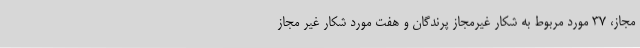
مجاز، 37 مورد مربوط به شکار غیرمجاز پرندگان و هفت مورد شکار غیر مجاز